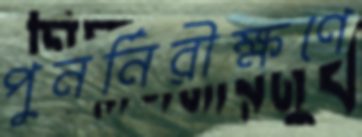
পুনর্নিরীক্ষণে